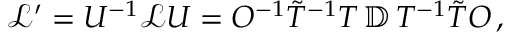
\begin{array} { r } { \mathcal { L } ^ { \prime } = { U } ^ { - 1 } \mathcal { L } { U } = O ^ { - 1 } \tilde { T } ^ { - 1 } T \, \mathbb { D } \, T ^ { - 1 } \tilde { T } O \, , } \end{array}